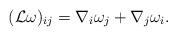
LaTeX: \begin{align*}(\mathcal{L}\omega)_{ij} =\nabla_i\omega_j + \nabla_j \omega_i.\end{align*}